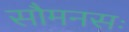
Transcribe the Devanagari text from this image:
सौमनसः